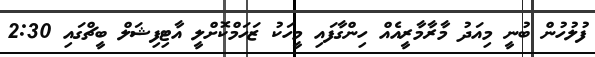
ފުލުހުން ބުނީ މިއަދު މާރާމާރީއެއް ހިންގާފައި މީހަކު ޒަހަމްކޮށްލީ އާޓިފިޝަލް ބީޗްގައި 2:30